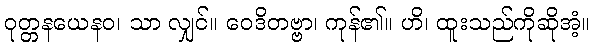
ဝုတ္တနယေနဝ၊ သာ လျှင်။ ဝေဒိတဗ္ဗာ၊ ကုန်၏။ ဟိ၊ ထူးသည်ကိုဆိုအံ့။